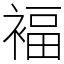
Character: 褔